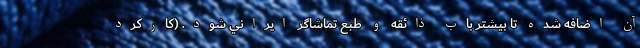
آن اضافه شده تا بيشتر باب ذائقه و طبع تماشاگر ايراني شود. (كاركرد